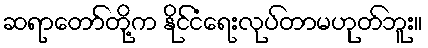
ဆရာတော်တို့က နိုင်ငံရေးလုပ်တာမဟုတ်ဘူး။